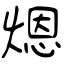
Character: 煾